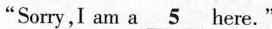
“Sorry,I am a \underline{5} here."